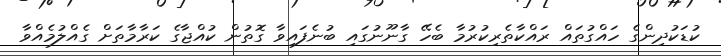
ކުޑަކުދިންގެ ހައްގުތައް ރައްކާތެރިކުރުމާ ބެހޭ ގާނޫނުގައި ބުނެފައިވާ ގޮތުން ކުއްޖާގެ ކަރާމާތަށް ގެއްލުމެއްވާ